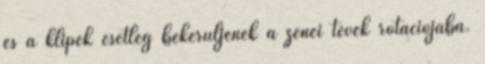
és a klipek esetleg bekerüljenek a zenei tévék rotációjába.